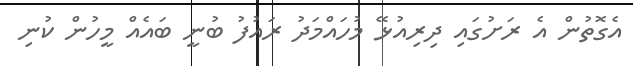
އެގޮތުން އެ ރަށުގައި ދިރިއުޅޭ މުހައްމަދު ރައުފު ބުނީ ބައެއް މީހުން ކުނި